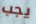
يجب